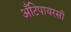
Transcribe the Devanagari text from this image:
अँटिपायरसी